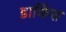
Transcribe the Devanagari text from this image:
डाकिंस